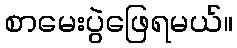
စာမေးပွဲဖြေရမယ်။